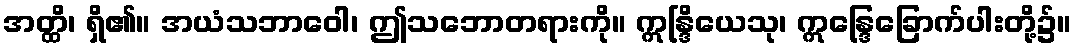
အတ္ထိ၊ ရှိ၏။ အယံသဘာဝေါ၊ ဤသဘောတရားကို။ ဣန္ဒြိယေသု၊ ဣန္ဒြေခြောက်ပါးတို့၌။